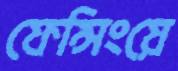
ফেন্সিংয়ে